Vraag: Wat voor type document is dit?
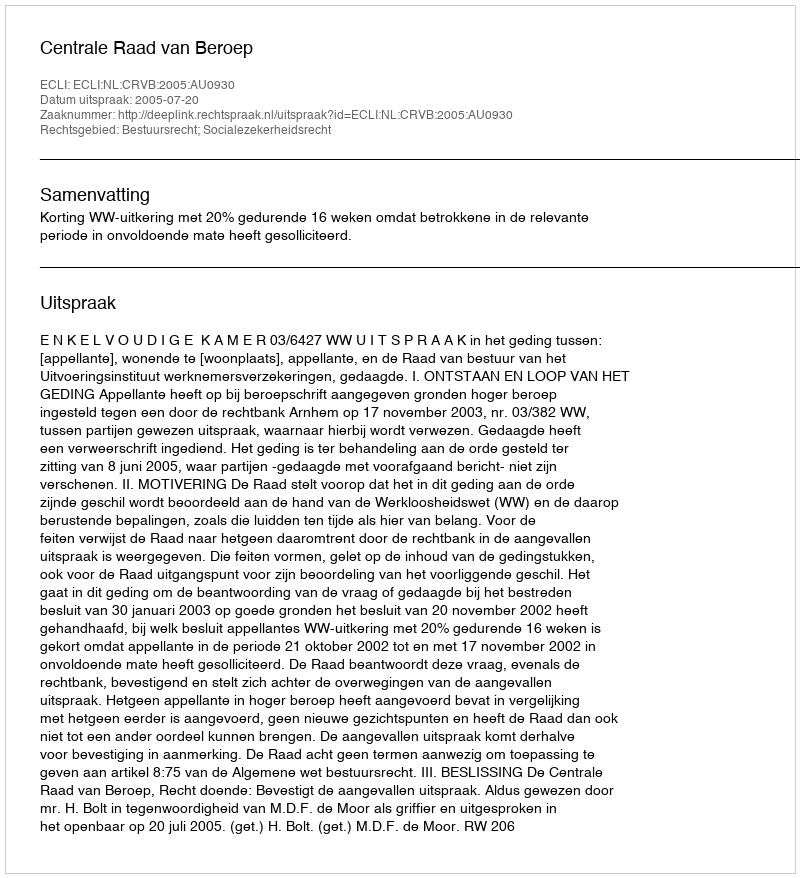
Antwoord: Uitspraak